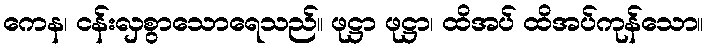
ကေန၊ ငန်းလှစွာသောရေသည်။ ဖုဋ္ဌာ ဖုဋ္ဌာ၊ ထိအပ် ထိအပ်ကုန်သော။